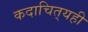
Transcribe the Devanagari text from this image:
कदाचित्‌यही